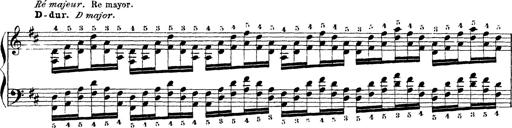
Title: Technische Studien
Composer: Franz Liszt